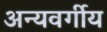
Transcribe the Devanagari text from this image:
अन्यवर्गीय